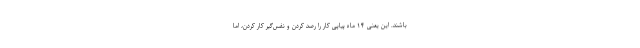
باشند. این یعنی ۱۴ ماه پیاپی کار را رصد کردن و نفس‌گیر کار کردن، اما